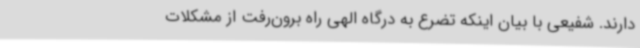
دارند. شفیعی با بیان اینکه تضرع به درگاه الهی راه برون‌رفت از مشکلات